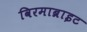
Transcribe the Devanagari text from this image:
विरमाब्राइट